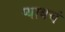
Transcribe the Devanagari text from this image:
प्यायचं